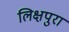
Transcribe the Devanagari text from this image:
लिक्षपुरा